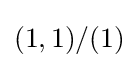
(1,1)/(1)